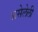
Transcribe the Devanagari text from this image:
असेलेली